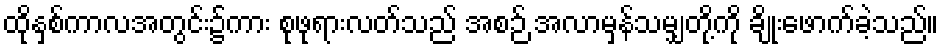
ထိုနှစ်ကာလအတွင်း၌ကား စုဖုရားလတ်သည် အစဉ် အလာမှန်သမျှတို့ကို ချိုးဖောက်ခဲ့သည်။